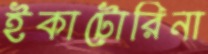
ইকাটোরিনা